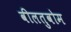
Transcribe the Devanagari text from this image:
वीलतुवोम